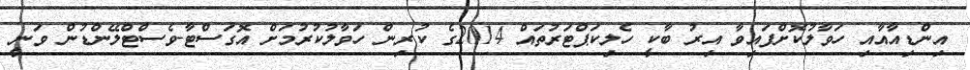
އިންޑިއާއާއި ހަވާލުކޮށްފައިވާ އިރު ބާކީ ހެލިކަޕްޓަރުތައް 2014ގެ ކުރިން ހަވާލުކުރުމަށް އޮގަސްޓާ-ވެސްޓްލޭންޑުން ވަނީ